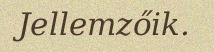
Jellemzőik.